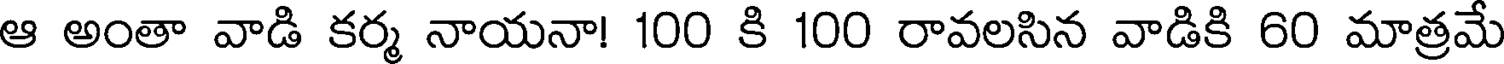
ఆ అంతా వాడి కర్మ నాయనా! 100 కి 100 రావలసిన వాడికి 60 మాత్రమే